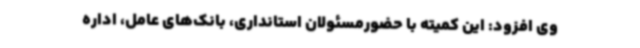
وی افزود: این کمیته با حضورمسئولان استانداری، بانک‌های عامل، اداره